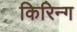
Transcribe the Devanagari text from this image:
किरिन्ग